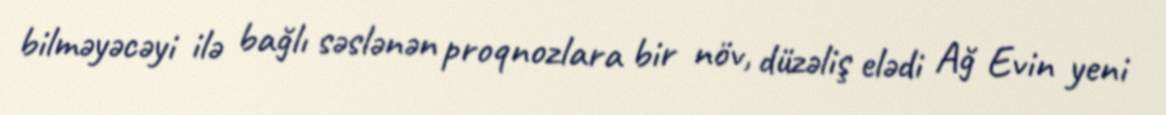
bilməyəcəyi ilə bağlı səslənən proqnozlara bir növ, düzəliş elədi Ağ Evin yeni